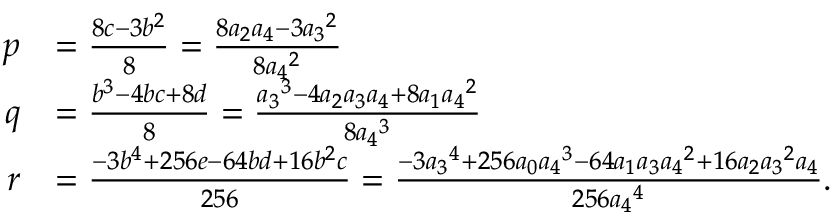
{ \begin{array} { r l } { p } & { = { \frac { 8 c - 3 b ^ { 2 } } { 8 } } = { \frac { 8 a _ { 2 } a _ { 4 } - 3 { a _ { 3 } } ^ { 2 } } { 8 { a _ { 4 } } ^ { 2 } } } } \\ { q } & { = { \frac { b ^ { 3 } - 4 b c + 8 d } { 8 } } = { \frac { { a _ { 3 } } ^ { 3 } - 4 a _ { 2 } a _ { 3 } a _ { 4 } + 8 a _ { 1 } { a _ { 4 } } ^ { 2 } } { 8 { a _ { 4 } } ^ { 3 } } } } \\ { r } & { = { \frac { - 3 b ^ { 4 } + 2 5 6 e - 6 4 b d + 1 6 b ^ { 2 } c } { 2 5 6 } } = { \frac { - 3 { a _ { 3 } } ^ { 4 } + 2 5 6 a _ { 0 } { a _ { 4 } } ^ { 3 } - 6 4 a _ { 1 } a _ { 3 } { a _ { 4 } } ^ { 2 } + 1 6 a _ { 2 } { a _ { 3 } } ^ { 2 } a _ { 4 } } { 2 5 6 { a _ { 4 } } ^ { 4 } } } . } \end{array} }